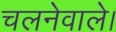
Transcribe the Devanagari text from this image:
चलनेवाले।